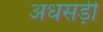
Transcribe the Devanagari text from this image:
अधसड़ी